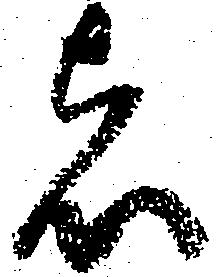
者